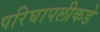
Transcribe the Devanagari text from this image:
परिघापलीकडे